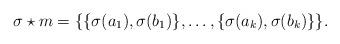
LaTeX: \begin{align*}\sigma \star m = \{ \{\sigma(a_1), \sigma(b_1)\}, \dots, \{\sigma(a_k), \sigma(b_k)\}\}.\end{align*}